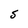
Character: S